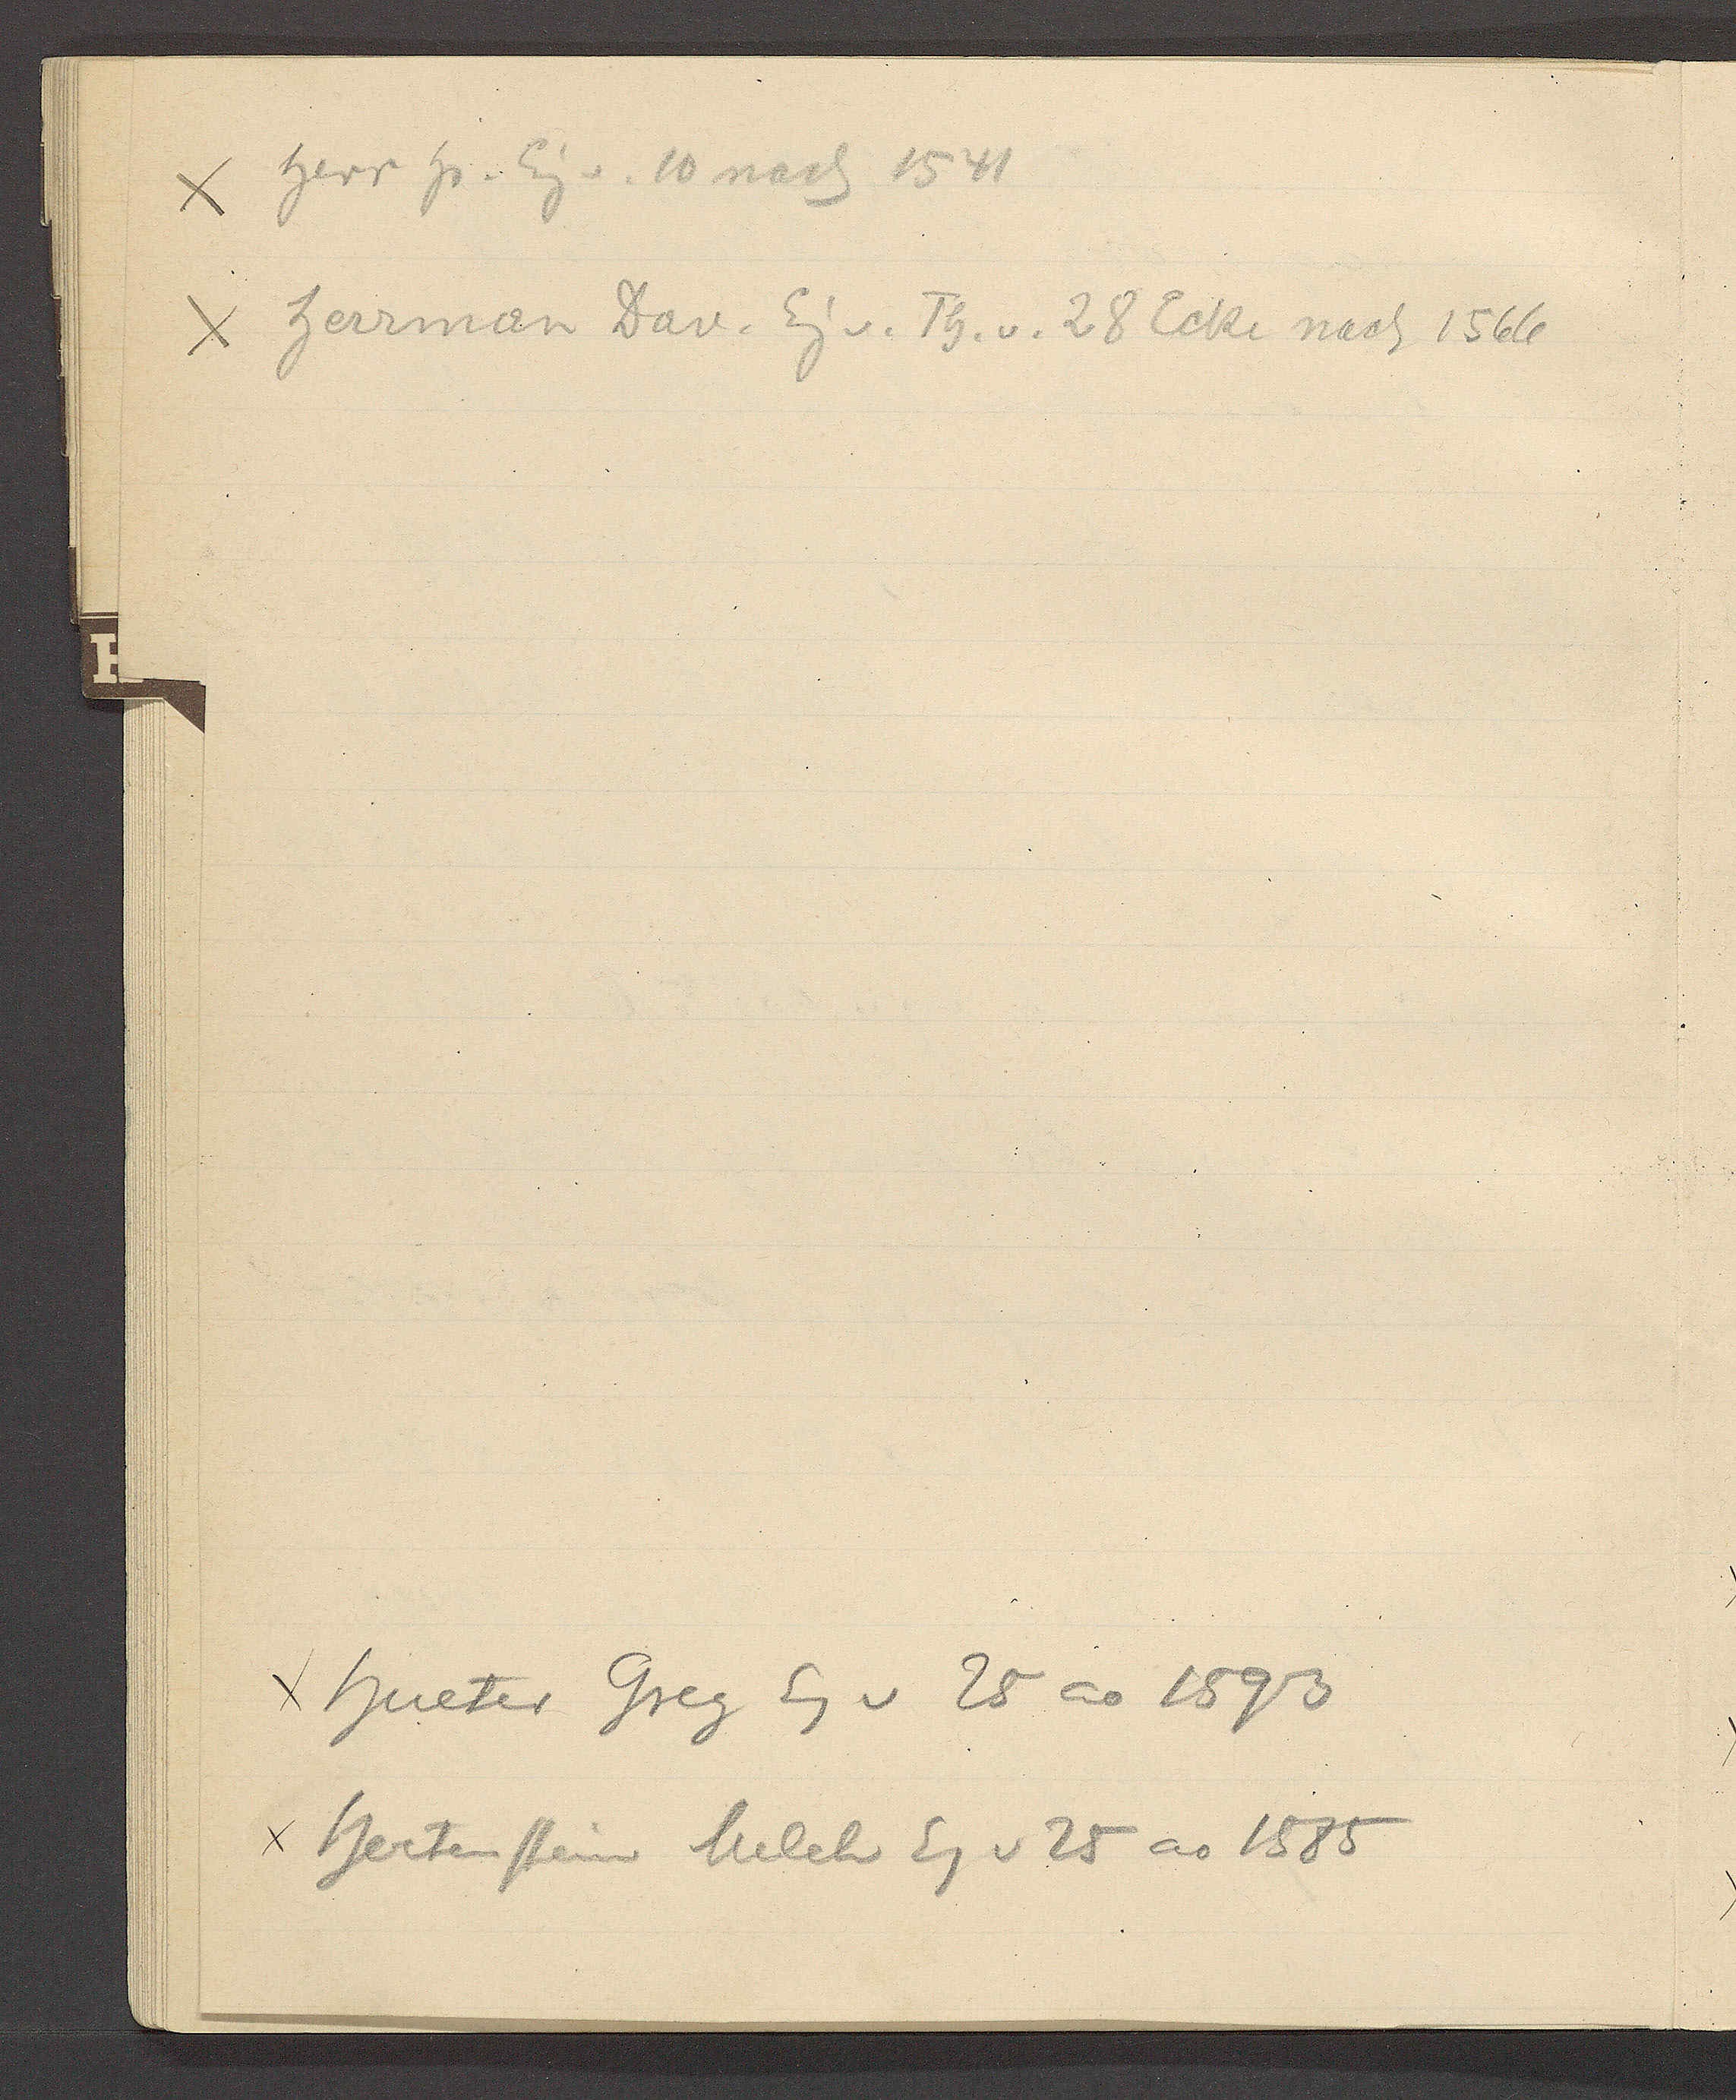
Transcript:
χ Herr Hs. Eig v. 10 nach 1541

χ Herrman Dav. Eig v. Th. v. 28 Ecke nach 1566

χ Hueter Greg Eig v 25 ao 1593

χ Hertenstein Melch Eig v 25 ao 1585